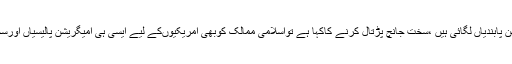
جس طرح ٹرمپ نے مسلمانوںپرامیگریشن پابندیاں لگائی ہیں ،سخت جانچ پڑتال کرنے کاکہا ہے تواسلامی ممالک کوبھی امریکیوںکے لیے ایسی ہی امیگریشن پالیسیاں اورسخت جانچ پڑتال کانظام وضع کرنا چاہیے۔